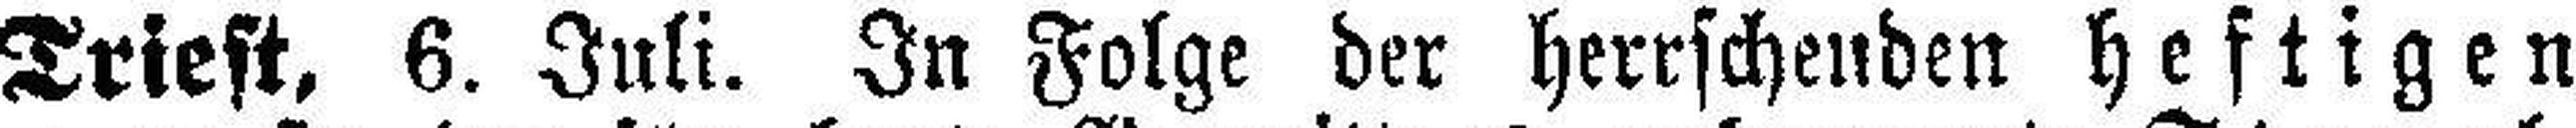
Triest, 6. Juli. In Folge der herrschenden heftigen